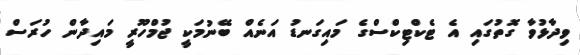
ވިދާޅުވާ ގޮތުގައި އެ ޓެކްޓިކްސްގެ މައިގަނޑު އަނެއް ބޭނުމަކީ ޖުމްހޫރީ މައިދާން ހުރަސް